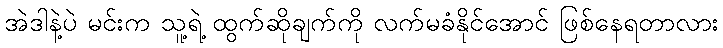
အဲဒါနဲ့ပဲ မင်းက သူ့ရဲ့ ထွက်ဆိုချက်ကို လက်မခံနိုင်အောင် ဖြစ်နေရတာလား